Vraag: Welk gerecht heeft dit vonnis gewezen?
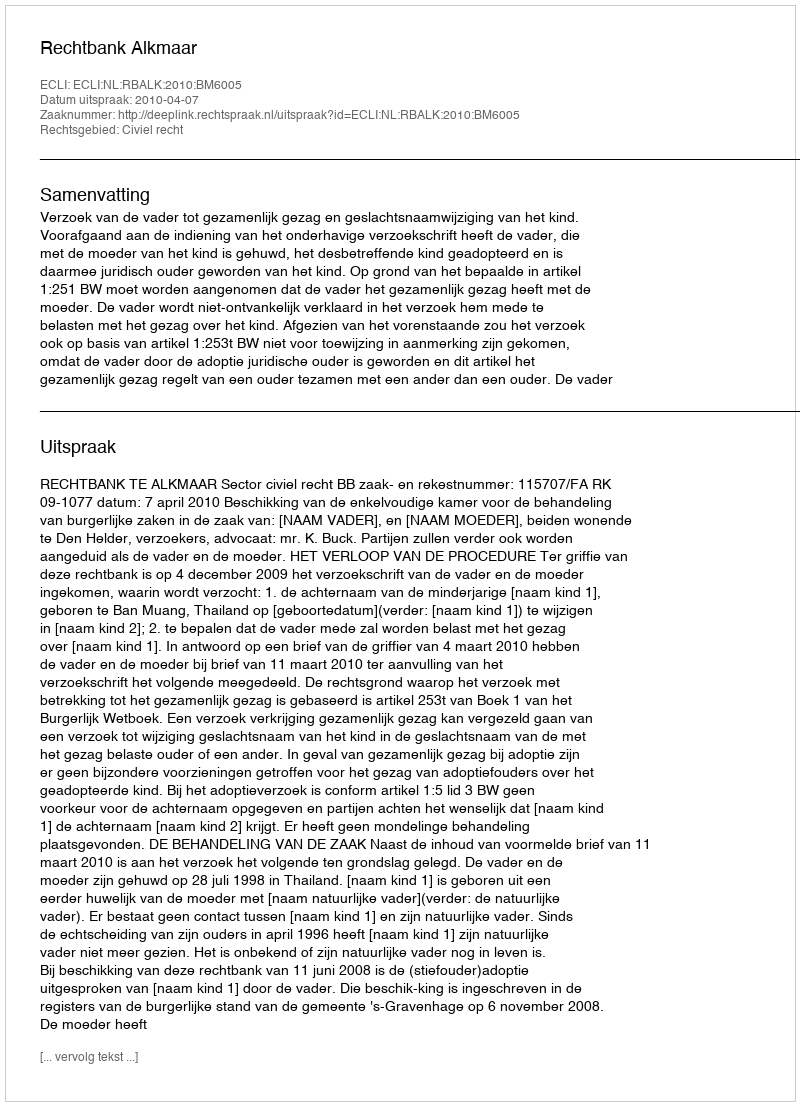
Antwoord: Rechtbank Alkmaar